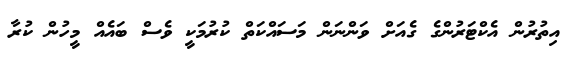
އިތުރުން އެކްޓަރުންގެ ގެއަށް ވަންނަން މަސައްކަތް ކުރުމަކީ ވެސް ބައެއް މީހުން ކުރާ